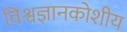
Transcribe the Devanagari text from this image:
विश्वज्ञानकोशीय